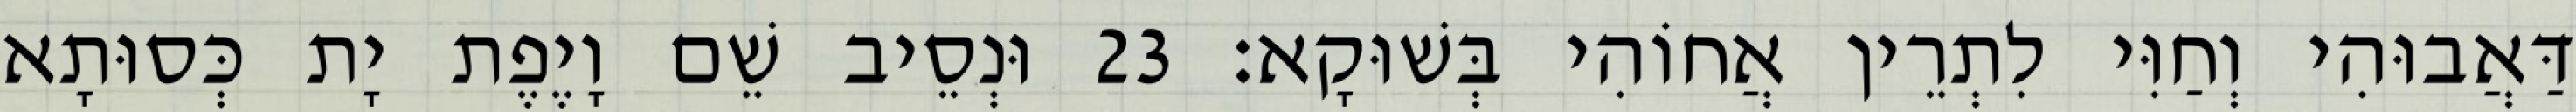
דַּאֲבוּהִי וְחַוִּי לִתְרֵין אֲחוֹהִי בְּשׁוּקָא׃ 23 וּנְסֵיב שֵׁם וָיֶפֶת יָת כְּסוּתָא